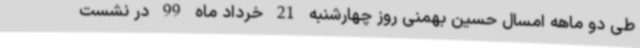
طی دو ماهه امسال حسین بهمنی روز چهارشنبه 21 خرداد ماه 99 در نشست